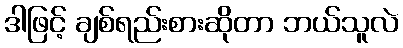
ဒါဖြင့် ချစ်ရည်းစားဆိုတာ ဘယ်သူလဲ